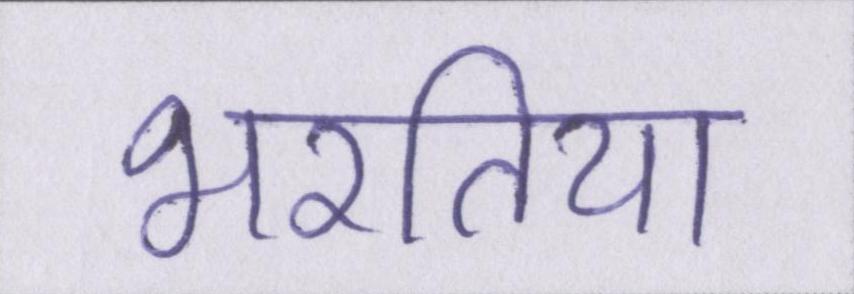
भरतिया